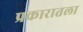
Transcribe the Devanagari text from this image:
प्रकारातला